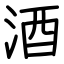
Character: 酒